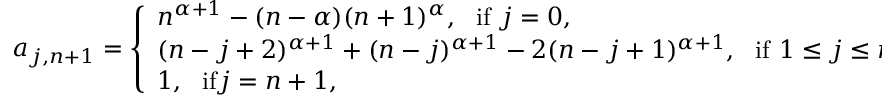
a _ { j , n + 1 } = \left\{ \begin{array} { l l l } { n ^ { \alpha + 1 } - ( n - \alpha ) ( n + 1 ) ^ { \alpha } , \ \ \mathrm { i f } \ j = 0 , } \\ { ( n - j + 2 ) ^ { \alpha + 1 } + ( n - j ) ^ { \alpha + 1 } - 2 ( n - j + 1 ) ^ { \alpha + 1 } , \ \ \mathrm { i f } \ 1 \leq j \leq n } \\ { 1 , \ \ \mathrm { i f } j = n + 1 , } \end{array} \right.